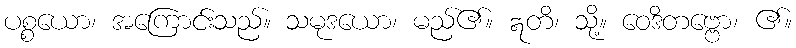
ပစ္စယော၊ အကြောင်းသည်။ သမုဒယော၊ မည်၏။ ဣတိ၊ သို့။ ဝေဒိတဗ္ဗော၊ ၏။